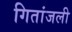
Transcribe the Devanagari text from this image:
गितांजली